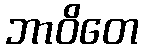
ဘာဝိတေ